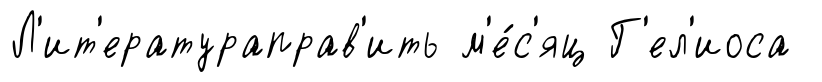
Л'ит'ератураправ'ить м'е́с'яц Г'ел'иоса